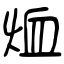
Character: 烅